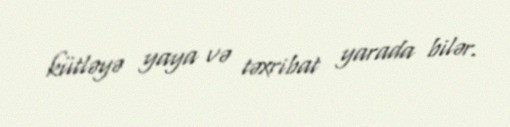
kütləyə yaya və təxribat yarada bilər.